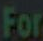
For